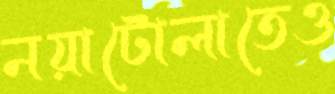
নয়াটোলাতেও